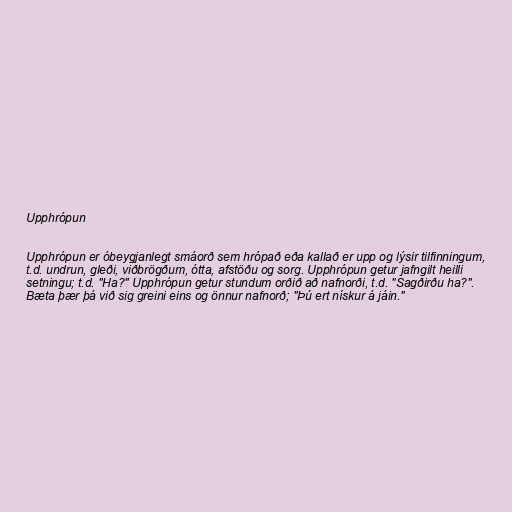
Upphrópun

Upphrópun er óbeygjanlegt smáorð sem hrópað eða kallað er upp og lýsir tilfinningum,
t.d. undrun, gleði, viðbrögðum, ótta, afstöðu og sorg. Upphrópun getur jafngilt heilli
setningu; t.d. "Ha?" Upphrópun getur stundum orðið að nafnorði, t.d. "Sagðirðu ha?".
Bæta þær þá við sig greini eins og önnur nafnorð; "Þú ert nískur á jáin."